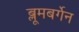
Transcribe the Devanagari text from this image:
ब्लूमबर्गेन